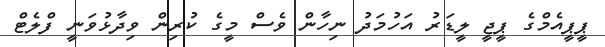
ޕީޕީއެމްގެ ޕީޖީ ލީޑަރު އަހުމަދު ނިހާން ވެސް މީގެ ކުރިން ވިދާޅުވަނީ ފްލެޓް